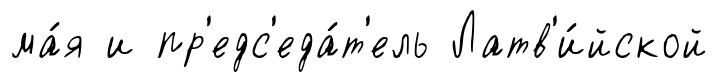
ма́я и пр'едс'еда́т'ель Латв'и́йской